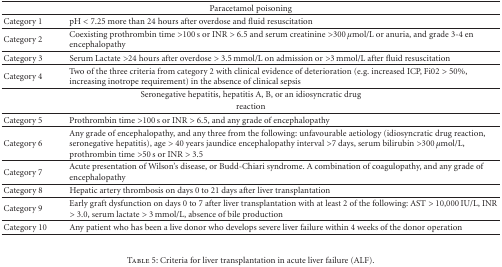
<table><thead><tr><td colspan="2"><b>Paracetamol poisoning</b></td></tr></thead><tbody><tr><td>Category 1</td><td>pH &lt; 7.25 more than 24 hours after overdose and fluid resuscitation</td></tr><tr><td>Category 2</td><td>Coexisting prothrombin time &gt;100 s or INR &gt; 6.5 and serum creatinine &gt;300 <i>μ</i>mol/L or anuria, and grade 3-4 en encephalopathy</td></tr><tr><td>Category 3</td><td>Serum Lactate &gt;24 hours after overdose &gt; 3.5 mmol/L on admission or &gt;3 mmol/L after fluid resuscitation</td></tr><tr><td>Category 4</td><td>Two of the three criteria from category 2 with clinical evidence of deterioration (e.g. increased ICP, Fi02 &gt; 50%, increasing inotrope requirement) in the absence of clinical sepsis</td></tr><tr><td colspan="2">Seronegative hepatitis, hepatitis A, B, or an idiosyncratic drug</td></tr><tr><td colspan="2">reaction</td></tr><tr><td>Category 5</td><td>Prothrombin time &gt;100 s or INR &gt; 6.5, and any grade of encephalopathy</td></tr><tr><td>Category 6</td><td>Any grade of encephalopathy, and any three from the following: unfavourable aetiology (idiosyncratic drug reaction, seronegative hepatitis), age &gt; 40 years jaundice encephalopathy interval &gt;7 days, serum bilirubin &gt;300 <i>μ</i>mol/L, prothrombin time &gt;50 s or INR &gt; 3.5</td></tr><tr><td>Category 7</td><td>Acute presentation of Wilson&#x27;s disease, or Budd-Chiari syndrome. A combination of coagulopathy, and any grade of encephalopathy</td></tr><tr><td>Category 8</td><td>Hepatic artery thrombosis on days 0 to 21 days after liver transplantation</td></tr><tr><td>Category 9</td><td>Early graft dysfunction on days 0 to 7 after liver transplantation with at least 2 of the following: AST &gt; 10,000 IU/L, INR &gt; 3.0, serum lactate &gt; 3 mmol/L, absence of bile production</td></tr><tr><td>Category 10</td><td>Any patient who has been a live donor who develops severe liver failure within 4 weeks of the donor operation</td></tr></tbody></table>